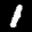
Label: 1